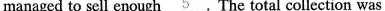
managed to sell enough \underline{5}.The total collection was